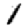
Digit: 1